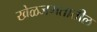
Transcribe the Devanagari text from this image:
खेळजगतातील